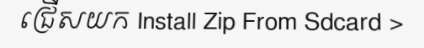
ជ្រើសយក Install Zip From Sdcard >